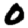
Digit: 0